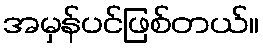
အမှန်ပင်ဖြစ်တယ်။